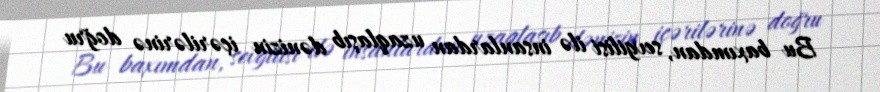
Bu baxımdan, sevgilisi ilə insanlardan uzaqlaşıb dənizin içərilərinə doğru